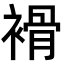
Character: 𧜓